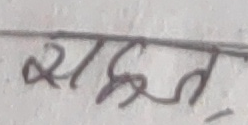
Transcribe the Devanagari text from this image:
सहज